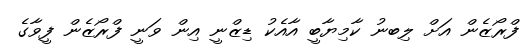
ފްރޯޒެން އަށް ލިބނު ކާމިޔާބީ އާއެކު ޑިޒްނީ އިން ވަނީ ފްރޯޒެން ފީވާގެ